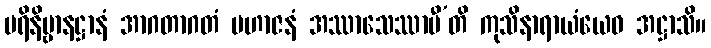
ပရိနိဗ္ဗာနဋ္ဌာနံ အာဂတာဂတံ မဟာဇနံ အဿာသေဿာမီ’တိ ကုသိနာရာယံယေဝ အဋ္ဌာသိ။